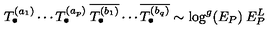
T _ { \bullet } ^ { ( a _ { 1 } ) } \cdots T _ { \bullet } ^ { ( a _ { p } ) } \: \overline { { T _ { \bullet } ^ { ( b _ { 1 } ) } } } \cdots \overline { { T _ { \bullet } ^ { ( b _ { q } ) } } } \sim \log ^ { g } ( E _ { P } ) \: E _ { P } ^ { L }